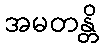
အမတန္တိ